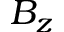
B _ { z }